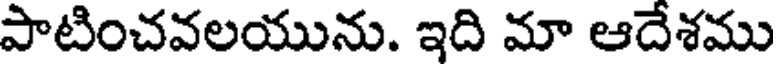
పాటించవలయును. ఇది మా ఆదేశము